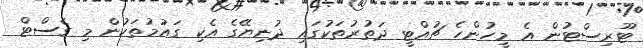
ޓޫރިސްޓުން އެ މީހުންހެ ޗުއްޓީ ދަތުރުތަކުގައި ދުނިޔޭގެ އެކި ގައުމުތަކުން މި ގެސްޓް